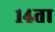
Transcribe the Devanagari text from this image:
१४ता